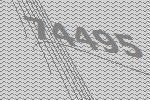
74495